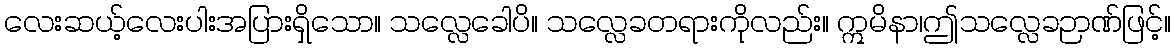
လေးဆယ့်လေးပါးအပြားရှိသော။ သလ္လေခေါပိ။ သလ္လေခတရားကိုလည်း။ ဣမိနာ၊ဤသလ္လေခဉာဏ်ဖြင့်။